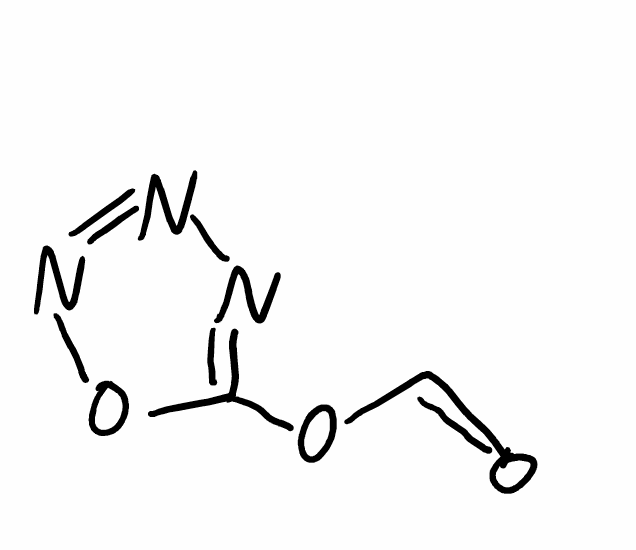
Simplified molecular-input line-entry system (SMILES) notation of the given molecule:
C(=O)OC1=NN=NO1